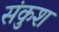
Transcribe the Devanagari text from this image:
संकुश